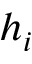
h _ { i }